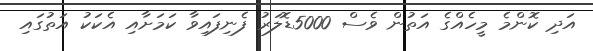
އަދި ކޮންމެ މީހެއްގެ އަތުން ވެސް 5000ޑޮލަރު ފެނިފައިވާ ކަމަށާއި އެކަކު އަތުގައި